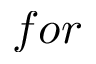
f o r